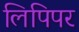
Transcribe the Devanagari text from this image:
लिपिपर